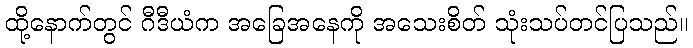
ထို့နောက်တွင် ဂီဒီယံက အခြေအနေကို အသေးစိတ် သုံးသပ်တင်ပြသည်။